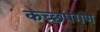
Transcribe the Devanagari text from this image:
कच्छपगण